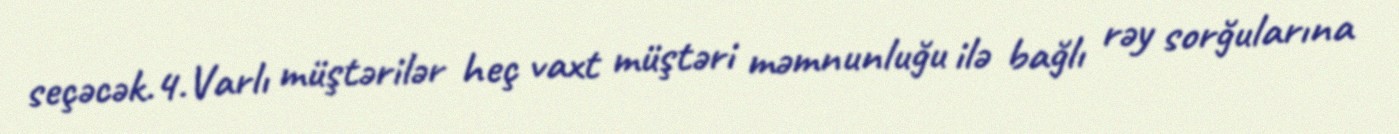
seçəcək.4.Varlı müştərilər heç vaxt müştəri məmnunluğu ilə bağlı rəy sorğularına